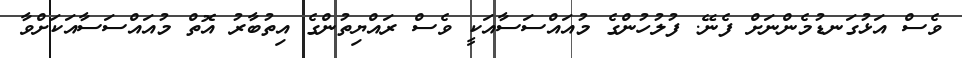
ވެސް އަޅުގަނޑުމެންނަށް ފެނޭ. ފުލުހުންގެ މުއައްސަސާއަކީ ވެސް ރައްޔިތުންގެ އިތުބާރު އޮތް މުއައްސަސާއަކަށްވާ